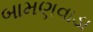
બામણવાડા